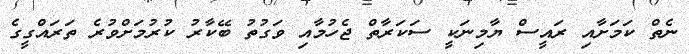
ނެތް ކަމަށާއި ރައީސް ޔާމިނަކީ ސަކަރާތް ޖެހުމާއި ވަގުތު ބޭކާރު ކުރުމަށްވުރެ ތަރައްގީގެ